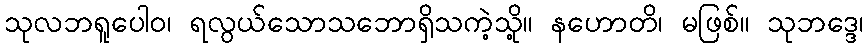
သုလဘရူပေါဝ၊ ရလွယ်သောသဘောရှိသကဲ့သို့။ နဟောတိ၊ မဖြစ်။ သုဘဒ္ဒေ၊